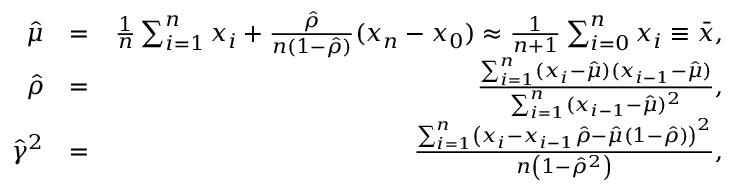
\begin{array} { r l r } { \hat { \mu } } & { = } & { \frac { 1 } { n } \sum _ { i = 1 } ^ { n } x _ { i } + \frac { \hat { \rho } } { n ( 1 - \hat { \rho } ) } ( x _ { n } - x _ { 0 } ) \approx \frac { 1 } { n + 1 } \sum _ { i = 0 } ^ { n } x _ { i } \equiv \bar { x } , } \\ { \hat { \rho } } & { = } & { \frac { \sum _ { i = 1 } ^ { n } ( x _ { i } - \hat { \mu } ) ( x _ { i - 1 } - \hat { \mu } ) } { \sum _ { i = 1 } ^ { n } ( x _ { i - 1 } - \hat { \mu } ) ^ { 2 } } , } \\ { \hat { \gamma } ^ { 2 } } & { = } & { \frac { { \sum _ { i = 1 } ^ { n } \left( x _ { i } - x _ { i - 1 } \hat { \rho } - \hat { \mu } ( 1 - \hat { \rho } ) \right) ^ { 2 } } } { { n \left( 1 - \hat { \rho } ^ { 2 } \right) } } , } \end{array}